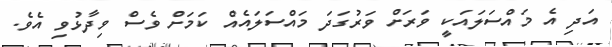
އަދި އެ މައްސަލައަކީ ވަރަށް ވަރުގަދަ މައްސަލައެއް ކަމަށް ވެސް ވިދާޅުވި އެވެ.